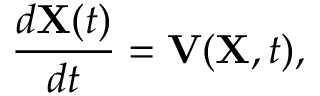
\frac { d { \bf X } ( t ) } { d t } = { \bf V } ( { \bf X } , t ) ,